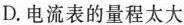
D.电流表的量程太大